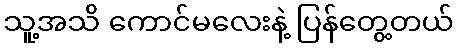
သူ့အသိ ကောင်မလေးနဲ့ ပြန်တွေ့တယ်